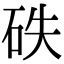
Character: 𥑇